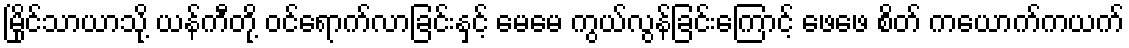
မြိုင်သာယာသို့ ယန်ကီတို့ ဝင်ရောက်လာခြင်းနှင့် မေမေ ကွယ်လွန်ခြင်းကြောင့် ဖေဖေ စိတ် ကယောက်ကယက်